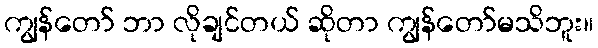
ကျွန်တော် ဘာ လိုချင်တယ် ဆိုတာ ကျွန်တော်မသိဘူး။